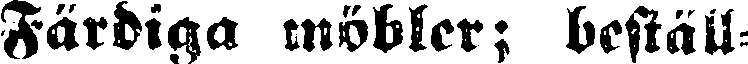
Färdiga möbler; beställ-